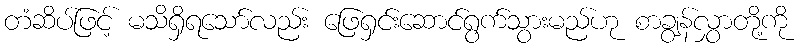
တံဆိပ်ဖြင့် မသိရှိရသော်လည်း ဖြေရှင်းဆောင်ရွက်သွားမည်ဟု စာချွန်လွှာတို့ကို